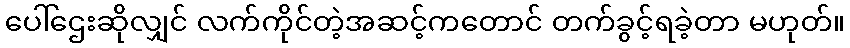
ပေါ်ဌေးဆိုလျှင် လက်ကိုင်တဲ့အဆင့်ကတောင် တက်ခွင့်ရခဲ့တာ မဟုတ်။